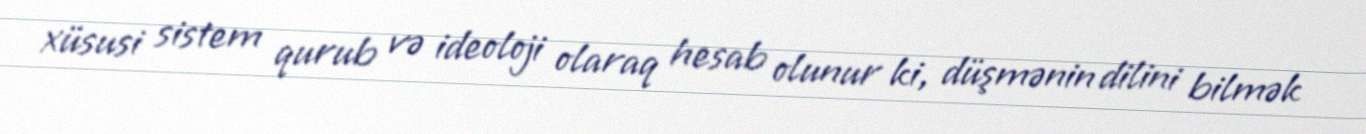
xüsusi sistem qurub və ideoloji olaraq hesab olunur ki, düşmənin dilini bilmək